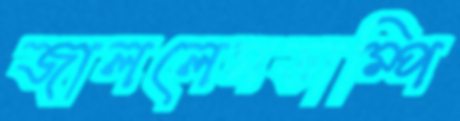
জাললেমডাম্পি